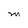
Character: M